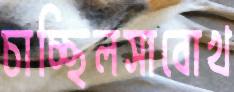
চাচ্ছিলসাবোখ